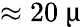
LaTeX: \approx 20~\upmu